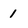
Character: 1